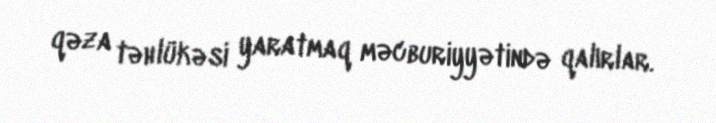
qəza təhlükəsi yaratmaq məcburiyyətində qalırlar.